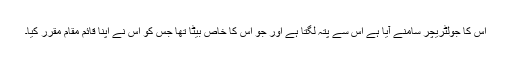
اس کا جولٹریچر سامنے آیا ہے اس سے پتہ لگتا ہے اور جو اس کا خاص بیٹا تھا جس کو اس نے اپنا قائم مقام مقرر کیا۔